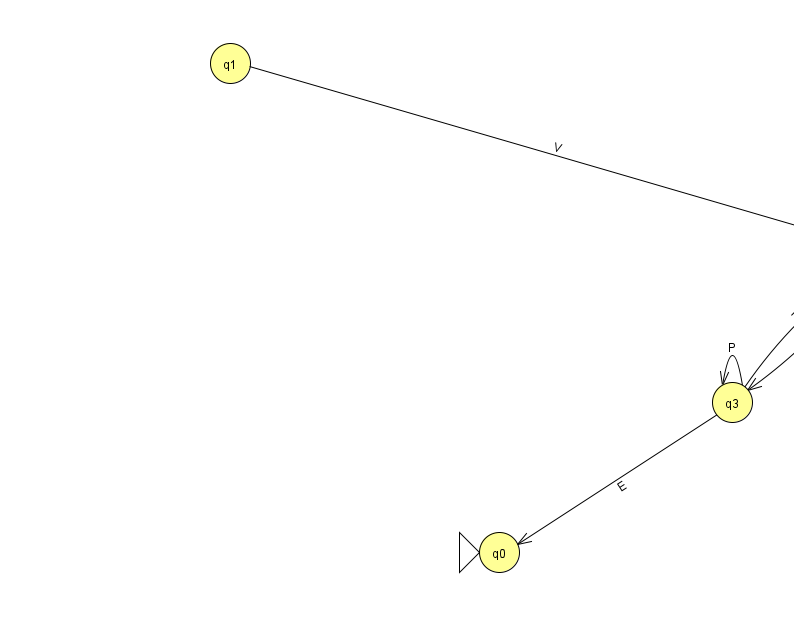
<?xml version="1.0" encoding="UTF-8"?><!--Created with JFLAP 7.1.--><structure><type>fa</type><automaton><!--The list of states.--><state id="0" name="q0"><x>499.0</x><y>539.0</y><initial/></state><state id="1" name="q1"><x>230.0</x><y>50.0</y></state><state id="2" name="q2"><x>882.0</x><y>239.0</y><final/></state><state id="3" name="q3"><x>732.0</x><y>389.0</y></state><!--The list of transitions.--><transition><from>3</from><to>3</to><read>P</read></transition><transition><from>1</from><to>2</to><read>V</read></transition><transition><from>3</from><to>0</to><read>E</read></transition><transition><from>3</from><to>2</to><read>z</read></transition><transition><from>2</from><to>3</to><read>h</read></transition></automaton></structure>